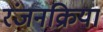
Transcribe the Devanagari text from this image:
रंजनक्रिया